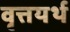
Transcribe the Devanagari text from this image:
वृत्तयर्थ